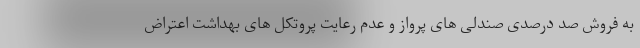
به فروش صد درصدی صندلی های پرواز و عدم رعایت پروتکل های بهداشت اعتراض